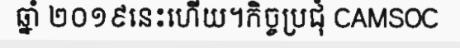
ឆ្នាំ ២០១៩នេះហើយ។កិច្ចប្រជុំ CAMSOC